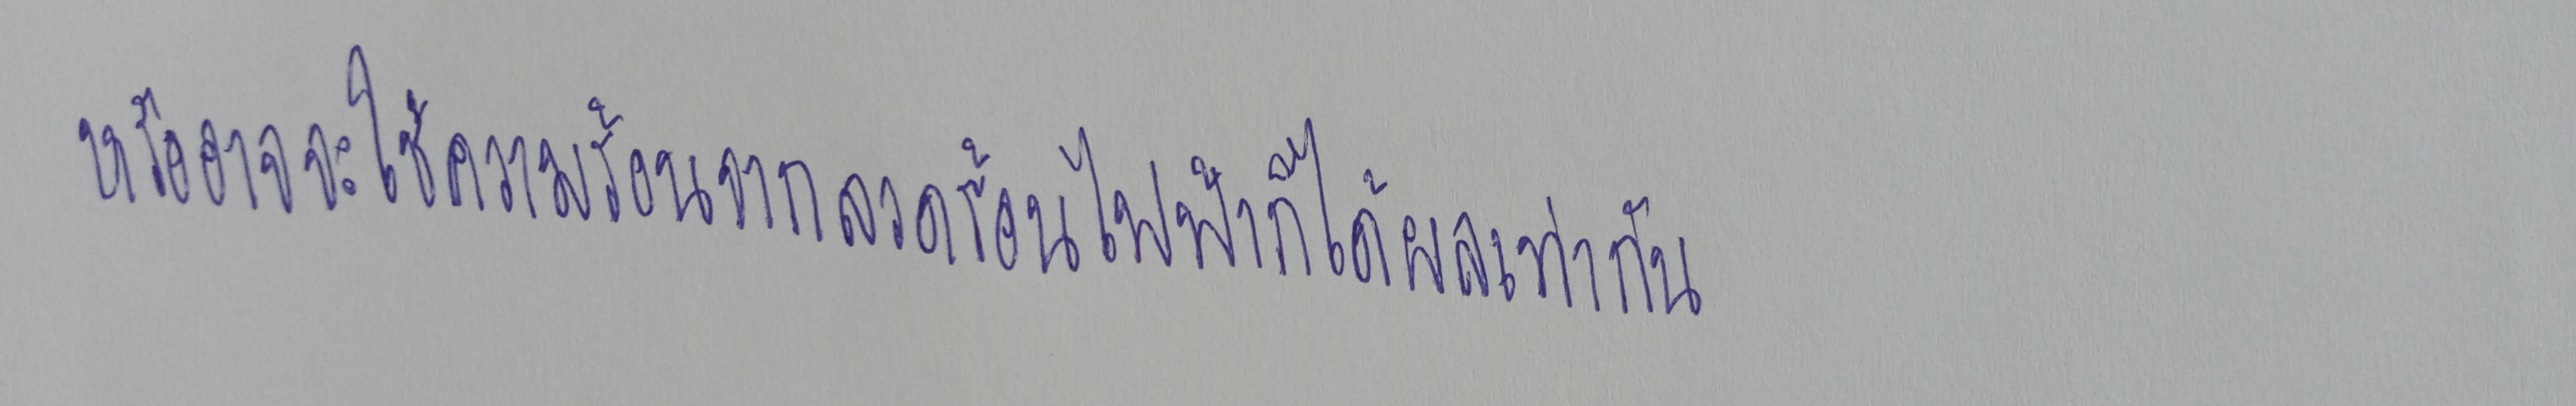
หรืออาจจะใช้ความร้อนจากลวดร้อนไฟฟ้าก็ได้ผลเท่ากัน